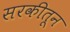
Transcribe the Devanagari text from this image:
सरकीतून